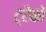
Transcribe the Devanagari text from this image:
ट्रैको